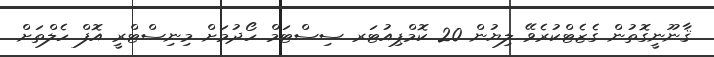
ޤާނޫނީގޮތުން ގެޒެޓްކުރެވޭ ލިޔުން 20 ކޮމްޕިއުޓަރ ސިސްޓަމް ހޯދުމަށް މިނިސްޓްރީ އޮފް ހެލްތަށް